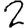
Digit: 2